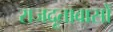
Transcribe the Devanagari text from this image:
राजदूतावासों